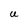
Character: U